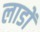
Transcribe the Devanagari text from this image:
लाडों